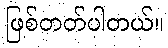
ဖြစ်တတ်ပါတယ်။